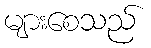
များစေသည်